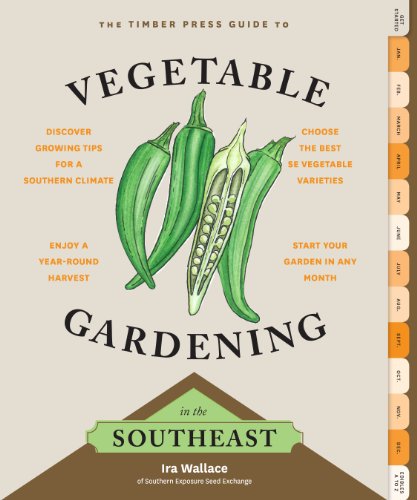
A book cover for The Timber Press Guide to Vegetable Gardening in the Southeast; Ira Wallace; Crafts, Hobbies & Home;